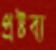
প্রষ্টব্য